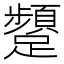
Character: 𮜫